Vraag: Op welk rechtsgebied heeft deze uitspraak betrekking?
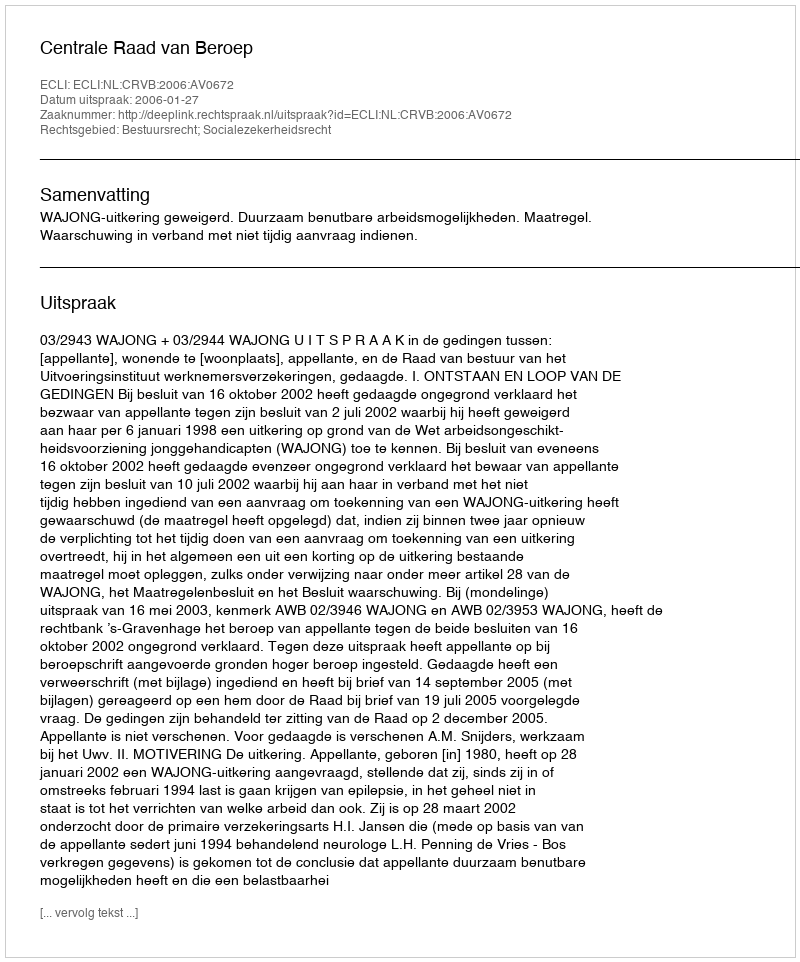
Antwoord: Bestuursrecht; Socialezekerheidsrecht